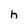
Character: h